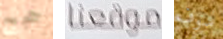
حجج موقعنا سوف